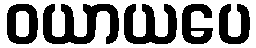
ဝယာယပေ